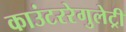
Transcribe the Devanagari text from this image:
काउंटररेगुलेट्री